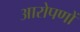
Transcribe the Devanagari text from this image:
आरोपणों